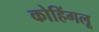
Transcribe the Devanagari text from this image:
कोहिंगलू